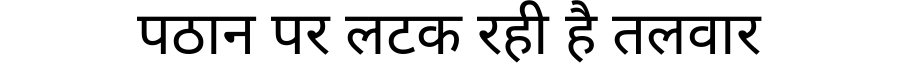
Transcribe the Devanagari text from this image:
पठान पर लटक रही है तलवार